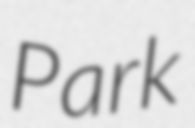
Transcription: Park